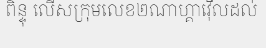
ពិន្ទុ លើសក្រុមលេខ២ណាហ្គាវ៉ើលដល់